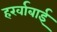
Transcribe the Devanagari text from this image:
हर्खाबाई